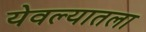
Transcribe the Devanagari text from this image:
येवल्यातला